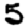
Digit: 5